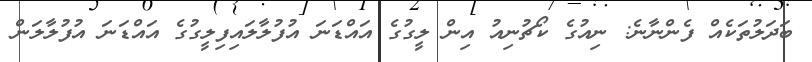
ބަދަލުތަކެއް ފެންނާނެ: ނިއުގެ ކޯޗުނިއު އިން ލީގުގެ އައްޑަނަ އުފުލާލައިފިލީގުގެ އައްޑަނަ އުފުލާލަން